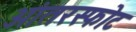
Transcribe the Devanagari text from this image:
आंतरस्फोट